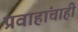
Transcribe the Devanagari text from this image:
प्रवाहांचाही